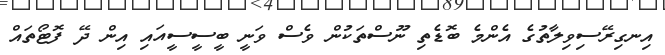
އިނގިރޭސިވިލާތުގެ އެންމެ ބޮޑެތި ނޫސްތަކުން ވެސް ވަނީ ބީސީސީއައި އިން ދޭ ފޮޓޯތައް